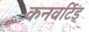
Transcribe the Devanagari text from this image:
कनवर्टिड